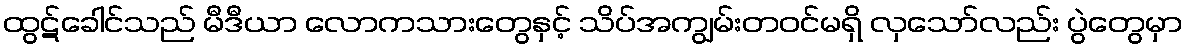
ထွဋ်ခေါင်သည် မီဒီယာ လောကသားတွေနှင့် သိပ်အကျွမ်းတဝင်မရှိ လှသော်လည်း ပွဲတွေမှာ